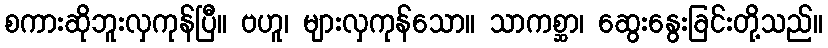
စကားဆိုဘူးလှကုန်ပြီ။ ဗဟူ၊ များလှကုန်သော။ သာကစ္ဆာ၊ ဆွေးနွေးခြင်းတို့သည်။